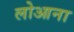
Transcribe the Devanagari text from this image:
लोआना